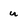
Character: u